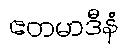
ဧတမာဒီနံ